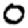
Digit: 0